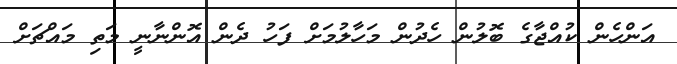
އަންހެން ކުއްޖާގެ ބޮލުން ހެދުން މަހާލުމަށް ފަހު ދެން އޮންނާނީ މަތި މައްޗަށް